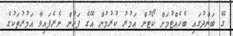
ގޭ ބަންދުގައި ބެހެއްޓުމަށް ކޯޓުން އަމުރު ކުރުމުން އޭގެ ފަހުން ނެރެފައިވާ އަމުރުތަކުގެ